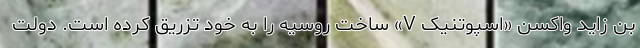
بن زاید واکسن «اسپوتنیک V» ساخت روسیه را به خود تزریق کرده است. دولت